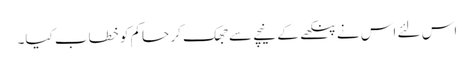
اس لئے اس نے پنکھے کے نیچے سے جھک کر حاکم کو خطاب کیا۔